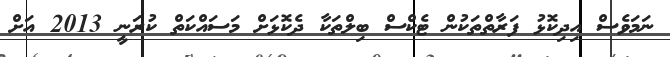
ނަމަވެސް އިދިކޮޅު ފަރާތްތަކުން ޓެކްސް ބިލްތަކާ ދެކޮޅަށް މަސައްކަތް ކުރަނީ 2013 އަށް